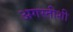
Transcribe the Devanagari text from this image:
अगस्तीशी